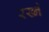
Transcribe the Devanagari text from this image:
रख्ने